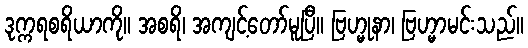
ဒုက္ကရစရိယာကို။ အစရိ၊ အကျင့်တော်မူပြီ။ ဗြဟ္မုနာ၊ ဗြဟ္မာမင်းသည်။